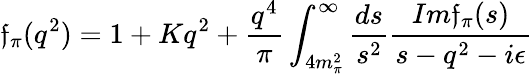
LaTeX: \mathfrak{f}_{\pi}(q^{2})=1+Kq^{2}+{\frac{{q^{4}}}{{\pi}}}\int_{4m_{\pi}^{2}}^{\infty}{\frac{{ds}}{{s^{2}}}}{\frac{{Im\mathfrak{f}_{\pi}(s)}}{{s-q^{2}-i\epsilon}}}